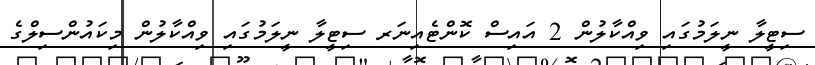
ސިޓީލާ ނީލަމުގައި ވިއްކާލުން 2 އައިސް ކޮންޓެއިނަރ ސިޓީލާ ނީލަމުގައި ވިއްކާލުން މިކައުންސިލްގެ